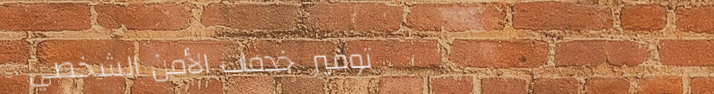
توفير خدمات الأمن الشخصي